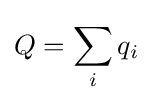
Q=\sum _{i}^{}{q_{i}}